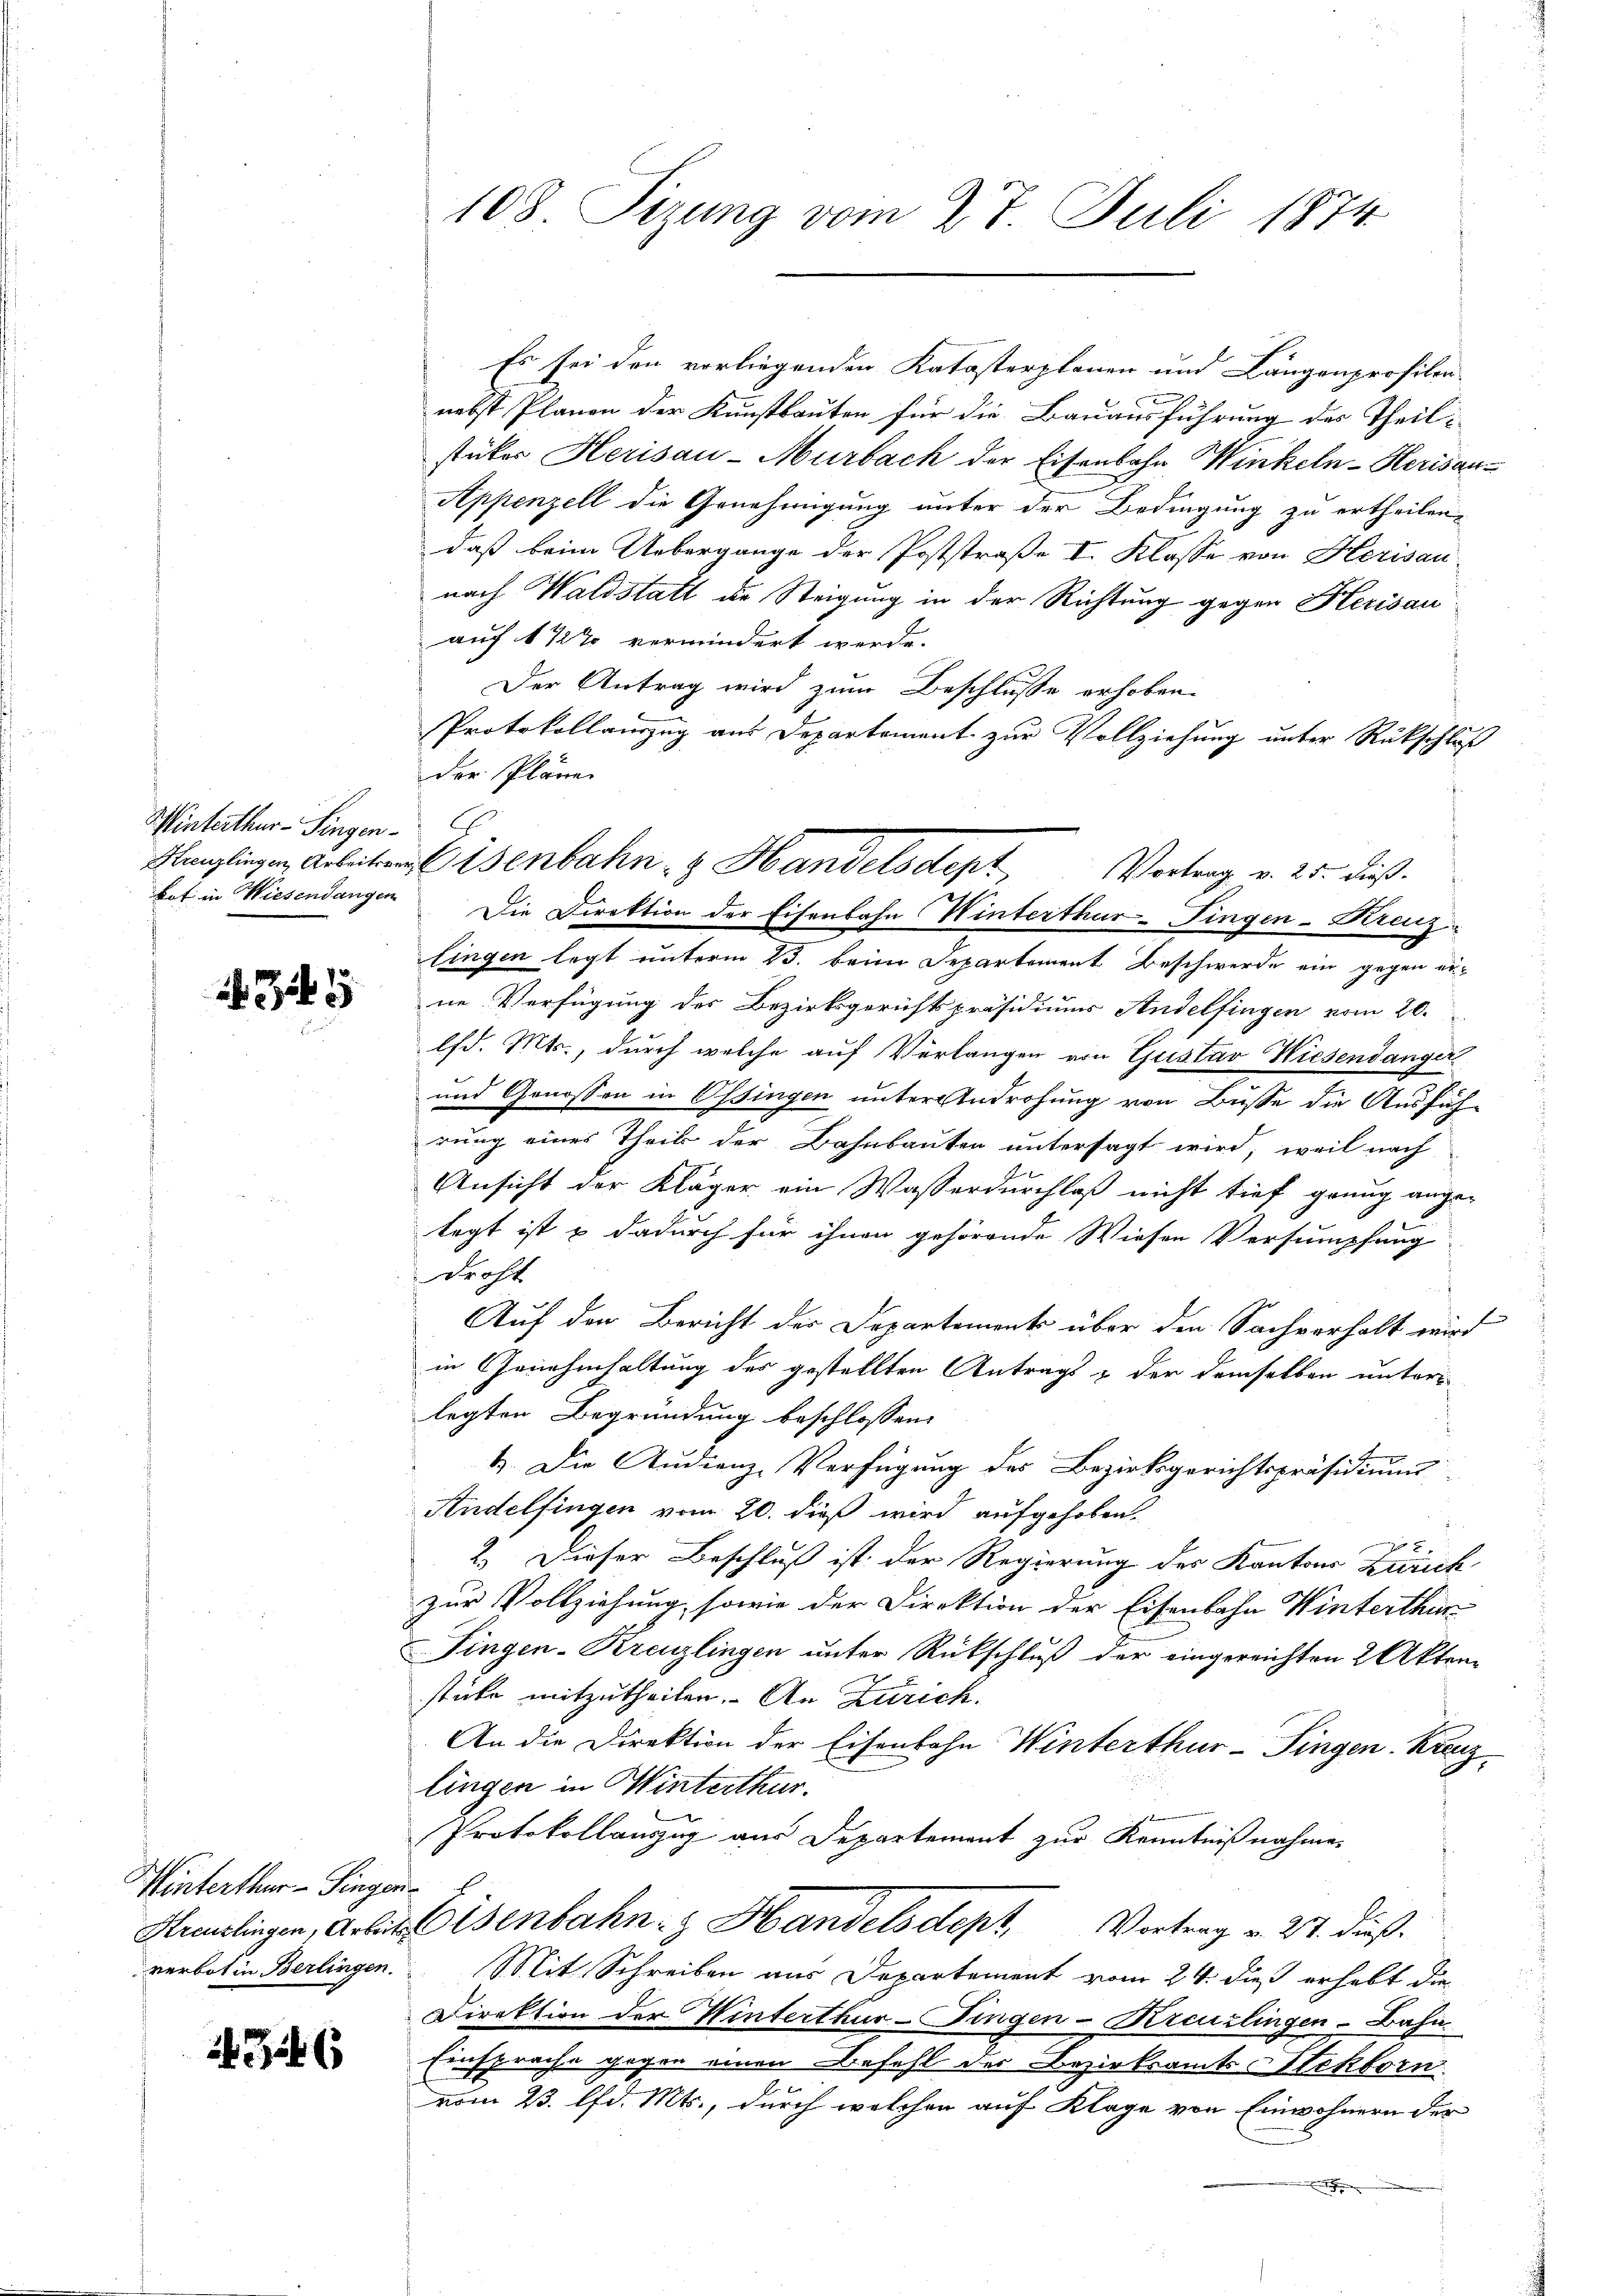
Winterthur–Singen.
bot in Wiesendangen

345

Winterthur–Singen
verbot in Berlingen.

x

108 Sizung vom 27. Juli 1874

Es sei den vorliegenden Katasterplanen und Längenprofilen-
nebst Planen der Kunstbauten für die Bauausführung des Theilstücker Herisau-Murbach der Eisenbahn Winkeln-Herisan¬
Appenzell die Genehmigung unter der Bedingung zu ertheilen,
daß beim Uebergange der Poststraße I. Klasse von Herisau-
nach Waldstatt die Steigung in der Richtung gegen Herisau
auf 1/2% vermindert werde.
Der Antrag wird zum Beschlusse erhoben.
Protokollauszug aus Departement zur Vollziehung unter Rückschluß
der Pläne.
lingen legt unterm 25. beim Departement Beschwerde ein gegen erne Verfügung des Bezirksgerichtspräsidiums Andelfingen vom 20.
lfd. Mts., durch welche auf Verlangen von Gustav Wiesendanger
und Genossen in Ossingen unter Androhung von Busse die Ausfüh-
rung eines Theils der Bahnbauten untersagt wird, weil nach
Ansicht der Kläger ein Wasserdurchlaß nicht tief genug ange-
legt ist & dadurch für ihnen gehörende Wiesen Versumpfung
droht
Auf der Bericht der Departement über den Sachverhalt wird
in Genehmhaltung des gestellten Antrags, der demselben unterlegten Begründung beschlossen:
1. Die Studienz-Verfügung des Bezirksgerichtspräsidium
Andelfingen vom 20. dieß wird aufgehoben.
x
2. Dieser Beschluß ist der Regierung des Kantons Zürich
zur Vollziehung, sowie der Direktion der Eisenbahn Winterthur
Fingen-Kreuzlingen unter Rückschluß der eingereichten 2 Aktenstüke mitzutheilen. An Zürich.
An die Direktion der Eisenbahn Winterthur–Singen. Krenz
lingen in Winterthur.
Protokollauszug aus Departement zur Kenntnißnahmen
Kreuzlingen, Arbeit Eisenbahn Handelsdept, Vortrag v. 27. dieß.
Mit Schreiben aus Departement vom 24. dieß erhebt die
Direktion der Winterthur-Fingen-Kreuzlingen-Bahn
Einsprache gegen einen Befehl der Bezirksamts Sektorn
vom 23. lfd. Mts., durch welchen auf Klage von Einwohnern der

Klänglingen Arbeiten Eisenbahn- & Handelsdept Vortrag v. 25. dieß.
Die Direktion der Eisenbahn Winterthur-Fingen-Kreuz